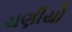
ચણીયો